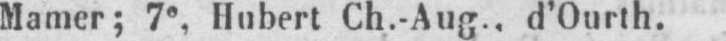
Mamer; 7e, Hubert Ch.-Aug.. d’Ourth.